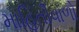
માહિતીવાળો